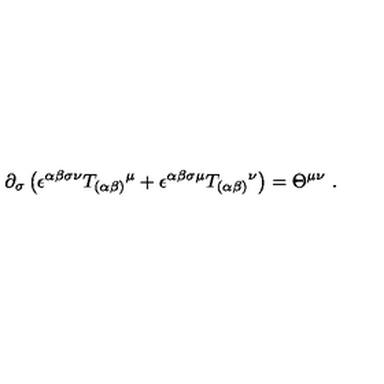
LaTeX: \partial _ { \sigma } \left( \epsilon ^ { \alpha \beta \sigma \nu } T _ { ( \alpha \beta ) } { } ^ { \mu } + \epsilon ^ { \alpha \beta \sigma \mu } T _ { ( \alpha \beta ) } { } ^ { \nu } \right) = \Theta ^ { \mu \nu } \ .